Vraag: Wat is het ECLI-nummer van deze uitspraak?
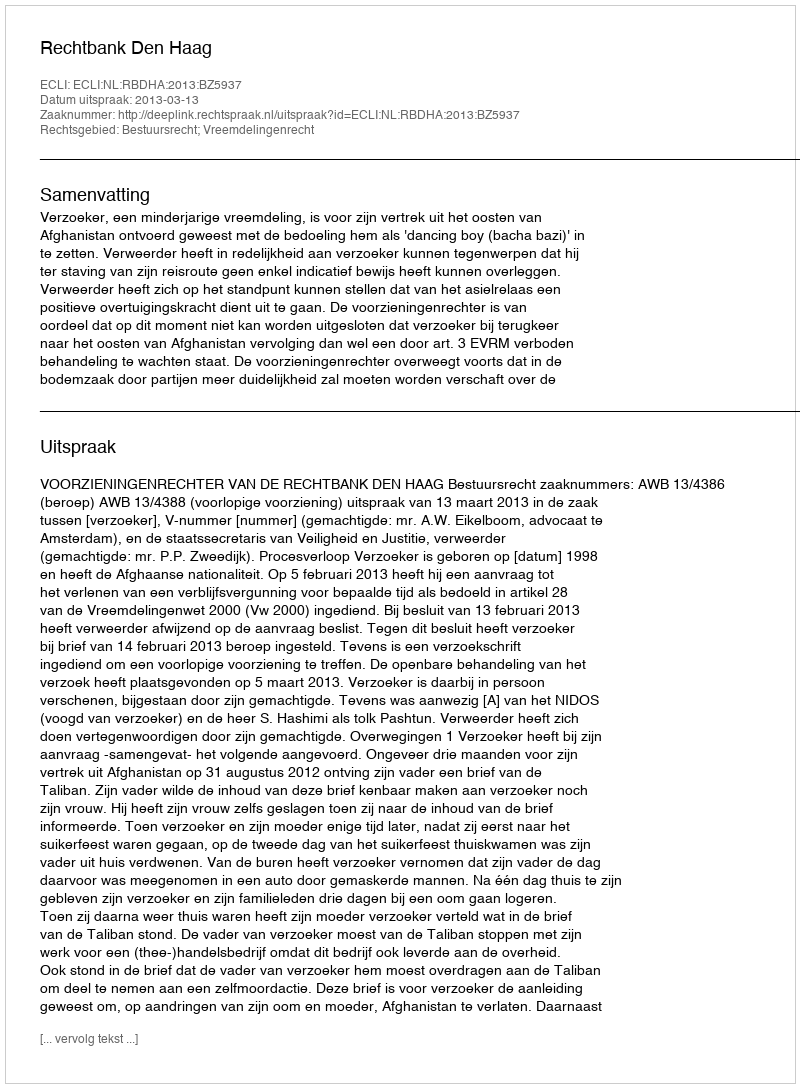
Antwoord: ECLI:NL:RBDHA:2013:BZ5937